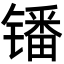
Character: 𫔍